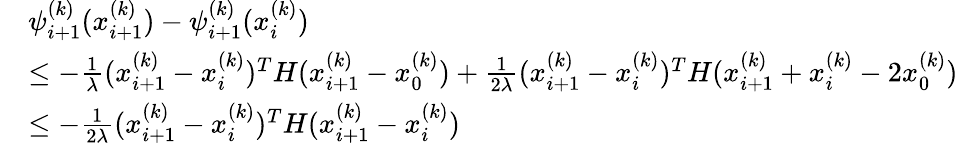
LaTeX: \begin{array}{rl}&{\psi_{i+1}^{(k)}(x_{i+1}^{(k)})-\psi_{i+1}^{(k)}(x_{i}^{(k)})}\\ &{\leq-\frac{1}{\lambda}(x_{i+1}^{(k)}-x_{i}^{(k)})^{T}H(x_{i+1}^{(k)}-x_{0}^{(k)})+\frac{1}{2\lambda}(x_{i+1}^{(k)}-x_{i}^{(k)})^{T}H(x_{i+1}^{(k)}+x_{i}^{(k)}-2x_{0}^{(k)})}\\ &{\leq-\frac{1}{2\lambda}(x_{i+1}^{(k)}-x_{i}^{(k)})^{T}H(x_{i+1}^{(k)}-x_{i}^{(k)})}\end{array}